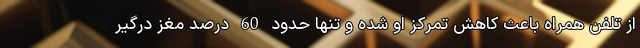
از تلفن همراه باعث کاهش تمرکز او شده و تنها حدود 60 درصد مغز درگیر